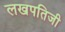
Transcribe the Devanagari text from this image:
लखपतिजी